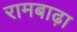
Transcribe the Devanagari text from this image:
रामबाढ़ा